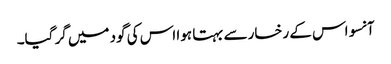
آنسو اس کے رخسار سے بہتا ہوا اس کی گود میں گر گیا۔